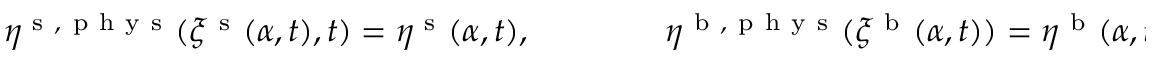
\eta ^ { \mathrm { ~ s ~ } , \mathrm { ~ p ~ h ~ y ~ s ~ } } ( \xi ^ { \mathrm { ~ s ~ } } ( \alpha , t ) , t ) = \eta ^ { \mathrm { ~ s ~ } } ( \alpha , t ) , \qquad \qquad \eta ^ { \mathrm { ~ b ~ } , \mathrm { ~ p ~ h ~ y ~ s ~ } } ( \xi ^ { \mathrm { ~ b ~ } } ( \alpha , t ) ) = \eta ^ { \mathrm { ~ b ~ } } ( \alpha , t ) .